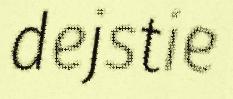
dejstie